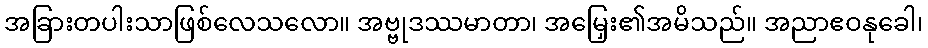
အခြားတပါးသာဖြစ်လေသလော။ အဗ္ဗုဒဿမာတာ၊ အမြှေး၏အမိသည်။ အညာဧဝနုခေါ၊